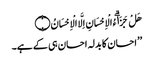
هَلْ جَزَاۗءُ الْاِحْسَانِ اِلَّا الْاِحْسَانُ ۝
’’ احسان کا بدلہ احسان ہی کے ہے۔